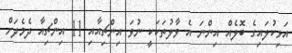
އަޅިކުލައިގެ ބޮލެއް އިންނަ އެ ވާލުތަކަކީ ނުވަ އިންޗިއާއި 11 އިންޗިއާ ދެމެދަށް